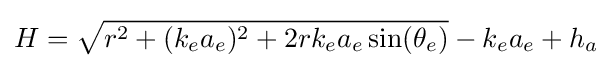
H={\sqrt {r^{2}+(k_{e}a_{e})^{2}+2rk_{e}a_{e}\sin(\theta _{e})}}-k_{e}a_{e}+h_{a}